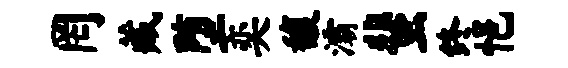
罔藏堕奕馥灞蜚终悒